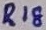
Text: R18